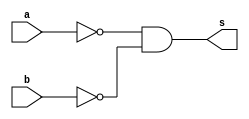
// -------------------------
// Exemplo_0503 - GATES
// Nome:Felipe Augusto Morais Silva 
// -------------------------
/*
vai ser a entra na nand, b entra na nand, output dos dois vai pra outra nand
e o output dessa nand vai pra outra nand
*/
module f5a ( output s,input a,input b );
// (a | ~b)
// definir dado local
wire a_nand, b_nand; 
wire out1,out2;

nand NAND1 (a_nand,a,a);
nand NAND2 (b_nand,b,b);
nand NAND3 (out1,a_nand,b_nand);
nand NAND4 (s, out1, out1);
// descrever por portas
endmodule // f5a
// -------------------------
module f5b ( output s,input a,input b );
// descrever por expressao
assign s = (~(~(a & a) & (~b & b)) & ~(~(a & a) & (~b & b)));
endmodule // f5b
module test_f5;
// ------------------------- definir dados
reg x;
reg y;
wire a, b;
f5a moduloA ( a, x, y );
f5b moduloB ( b, x, y );
// ------------------------- parte principal
initial
begin : main
$display("Exemplo_0501 - Felipe Augusto Morais Silva - 748473");
$display("Test module");
$display("   x 	y    a    b");
// projetar testes do modulo
$monitor("%4b %4b %4b %4b", x, y, a, b);
x = 1'b0; y = 1'b0;
#1
 x = 1'b0; y = 1'b1;
#1
 x = 1'b1; y = 1'b0;
#1
 x = 1'b1; y = 1'b1;
end
endmodule // test_f5